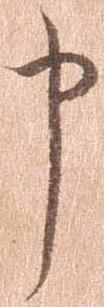
申